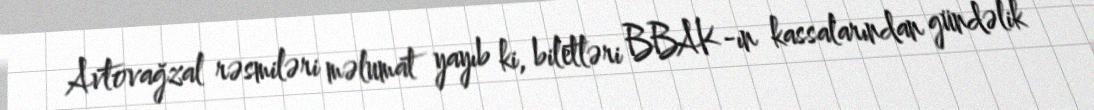
Avtovağzal rəsmiləri məlumat yayıb ki, biletləri BBAK-ın kassalarından gündəlik